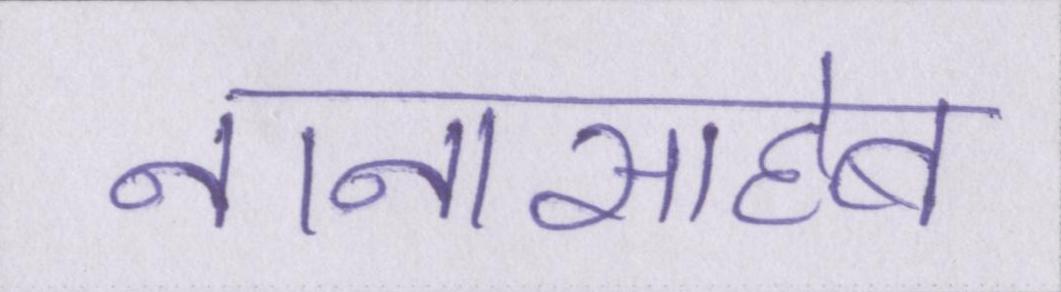
नानासाहेब